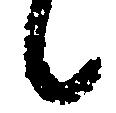
候